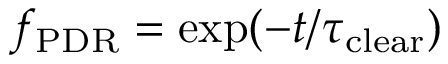
f _ { \mathrm { P D R } } = \exp ( - t / \tau _ { \mathrm { c l e a r } } )